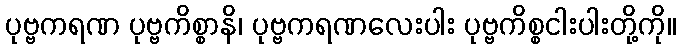
ပုဗ္ဗကရဏ ပုဗ္ဗကိစ္စာနိ၊ ပုဗ္ဗကရဏလေးပါး ပုဗ္ဗကိစ္စငါးပါးတို့ကို။